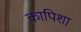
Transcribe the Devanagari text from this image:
कापिशा